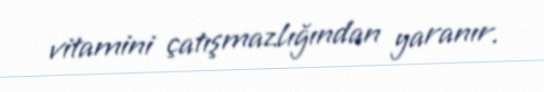
vitamini çatışmazlığından yaranır.